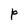
Character: P